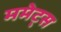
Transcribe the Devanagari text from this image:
ममेट्स